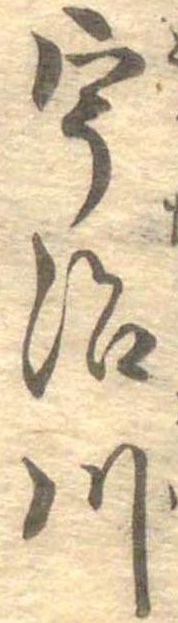
宇治川